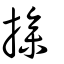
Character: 摻